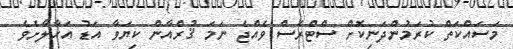
މަސައްކަތް ކުރަމުންދަނިކޮށް ސްޓްރެސް ވެއްޖެ ނަމަ ޤުރްއާން ކިޔަވާ އަޑު އަހާލާށެވެ